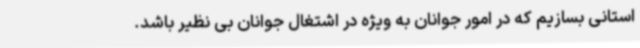
استانی بسازیم که در امور جوانان به ویژه در اشتغال جوانان بی نظیر باشد.